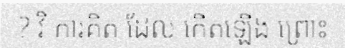
? វិ ការគិត ដែល កើតឡើង ព្រោះ